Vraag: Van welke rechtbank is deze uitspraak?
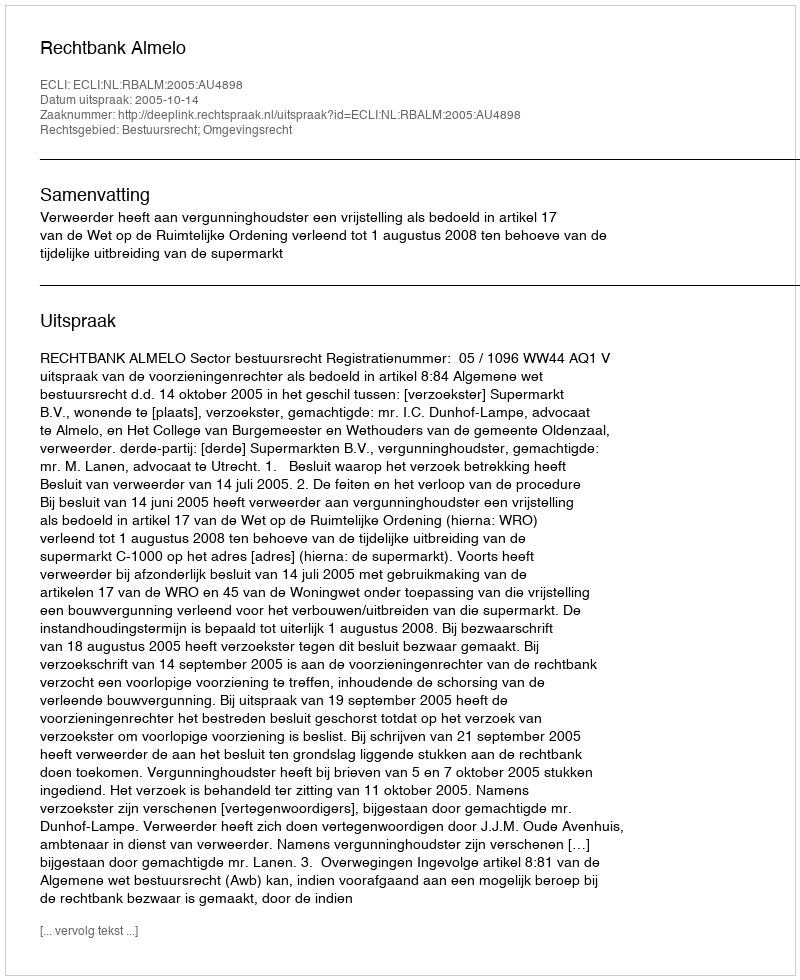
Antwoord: Rechtbank Almelo